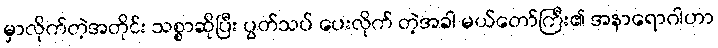
မှာလိုက်တဲ့အတိုင်း သစ္စာဆိုပြီး ပွတ်သပ် ပေးလိုက် တဲ့အခါ မယ်တော်ကြီး၏ အနာရောဂါဟာ